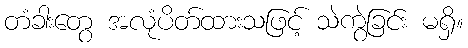
တံခါးတွေ အလုံပိတ်ထားသဖြင့် သဲကွဲခြင်း မရှိ။